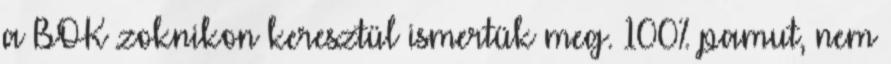
a BOK zoknikon keresztül ismertük meg. 100% pamut, nem